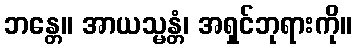
ဘန္တေ။ အာယသ္မန္တံ၊ အရှင်ဘုရားကို။